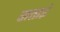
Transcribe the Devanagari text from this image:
सताइं